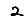
Digit: 2